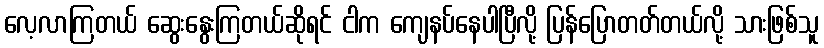
လေ့လာကြတယ် ဆွေးနွေးကြတယ်ဆိုရင် ငါက ကျေနပ်နေပါပြီလို့ ပြန်ပြောတတ်တယ်လို့ သားဖြစ်သူ